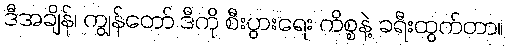
ဒီအချိန်၊ ကျွန်တော် ဒီကို စီးပွားရေး ကိစ္စနဲ့ ခရီးထွက်တာ။